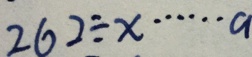
2 6 2 \div x \cdots a